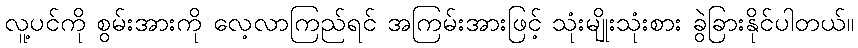
လူ့ပင်ကို စွမ်းအားကို လေ့လာကြည်ရင် အကြမ်းအားဖြင့် သုံးမျိုးသုံးစား ခွဲခြားနိုင်ပါတယ်။